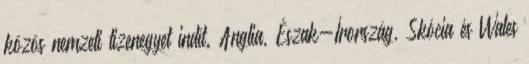
közös nemzeti tizenegyet indít. Anglia, Észak-Írország, Skócia és Wales